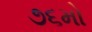
૭૬મો